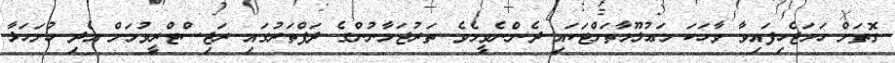
ގޮތަށް ހަމަޖެހިފައިވާ ވާހަކަ މަޢުލޫމާތަށްޓަކައި ދެންނެވީމެވެ. ތަރުޖަމާނުންގެ ދަފްތަރުގައި ރަޖިސްޓްރީވުމަށް އެދި ހުށަހަޅާ